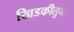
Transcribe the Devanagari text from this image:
खिडकीतुन